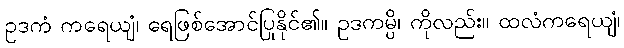
ဥဒကံ ကရေယျံ၊ ရေဖြစ်အောင်ပြုနိုင်၏။ ဥဒကမ္ပိ၊ ကိုလည်း။ ထလံကရေယျံ၊